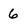
Character: 6